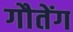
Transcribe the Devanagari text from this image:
गौतेंग